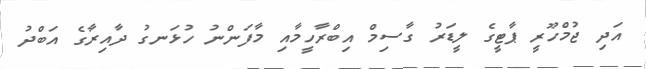
އަދި ޖުމްހޫރީ ޕާޓީގެ ލީޑަރު ގާސިމް އިބްރާހީމާއި މާފަންނު ހުޅަނގު ދާއިރާގެ އަބްދު